Annual administration report of the Civil Veterinary Department of India - 1896-1897
Year: 1896
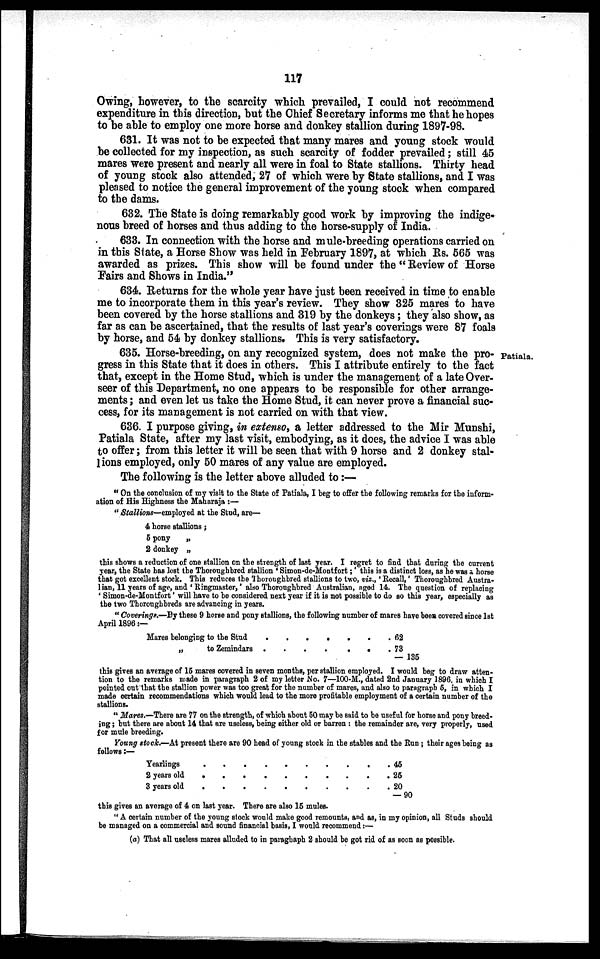
117
Owing, however, to the scarcity which prevailed, I could not recommend
expenditure in this direction, but the Chief Secretary informs me that he hopes
to be able to employ one more horse and donkey stallion during 1897-98.
631. It was not to be expected that many mares and young stock would
be collected for my inspection, as such scarcity of fodder prevailed; still 45
mares were present and nearly all were in foal to State stallions. Thirty head
of young stock also attended, 27 of which were by State stallions, and I was
pleased to notice the general improvement of the young stock when compared
to the dams.
632. The State is doing remarkably good work by improving the indige-
nous breed of horses and thus adding to the horse-supply of India.
633. In connection with the horse and mule-breeding operations carried on
in this State, a Horse Show was held in February 1897, at which Rs. 565 was
awarded as prizes. This show will be found under the "Review of Horse
Fairs and Shows in India."
634. Returns for the whole year have just been received in time to enable
me to incorporate them in this year's review. They show 325 mares to have
been covered by the horse stallions and 319 by the donkeys; they also show, as
far as can be ascertained, that the results of last year's coverings were 87 foals
by horse, and 54 by donkey stallions. This is very satisfactory.
Patiala.
635. Horse-breeding, on any recognized system, does not make the pro-
gress in this State that it does in others. This I attribute entirely to the fact
that, except in the Home Stud, which is under the management of a late Over-
seer of this Department, no one appears to be responsible for other arrange-
ments; and even let us take the Home Stud, it can never prove a financial suc-
cess, for its management is not carried on with that view.
636. I purpose giving, in extenso, a letter addressed to the Mir Munshi,
Patiala State, after my last visit, embodying, as it does, the advice I was able
to offer; from this letter it will be seen that with 9 horse and 2 donkey stal-
lions employed, only 50 mares of any value are employed.
The following is the letter above alluded to :—
"On the conclusion of my visit to the State of Patiala, I beg to offer the following remarks for the inform-
ation of His Highness the Maharaja :—
"Stallions—employed at the Stud, are—
4 horse stallions;
5 pony
„
2 donkey „
this shows a reduction of one stallion on the strength of last year. I regret to find that during the current
year, the State has lost the Thoroughbred stallion 'Simon-de-Montfort;' this is a distinct loss, as he was a horse
that got excellent stock. This reduces the Thoroughbred stallions to two, viz., 'Recall,' Thoroughbred Austra-
lian, 11 years of age, and 'Ringmaster,' also Thoroughbred Australian, aged 14. The question of replacing
'Simon-de-Montfort' will have to be considered next year if it is not possible to do so this year, especially as
the two Thoroughbreds are advancing in years.
"Coverings.—By these 9 horse and pony stallions, the following number of mares have been covered since 1st
April 1896:—
Mares belonging to the Stud . .
„
to Zemindars . .
. .
. .
. .
.
.
.
. 62
. 73
— 135
this gives an average of 15 mares covered in seven months, per stallion employed. I would beg to draw atten-
tion to the remarks made in paragraph 2 of my letter No. 7—100-M., dated 2nd January 1896, in which I
pointed out that the stallion power was too great for the number of mares, and also to paragraph 5, in which I
made certain recommendations which would lead to the more profitable employment of a certain number of the
stallions.
" Mares.—There are 77 on the strength, of which about 50 may be said to be useful for horse and pony breed-
ing; but there are about 14 that are useless, being either old or barren: the remainder are, very properly, used
for mule breeding.
Young stock.—At present there are 90 head of young stock in the stables and the Run; their ages being as
follows:—
Yearlings
2 years old
3 years old
. .
. .
. .
. . . . . .
. . . . . .
. . . . . .
. . 45
. . 25
. . 20
— 90
this gives an average of 4 on last year. There are also 15 mules.
"A certain number of the young stock would make good remounts, and as, in my opinion, all Studs should
be managed on a commercial and sound financial basis, I would recommend:—
(a) That all useless mares alluded to in paraghaph 2 should be got rid of as soon as possible.